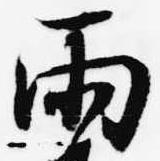
雨